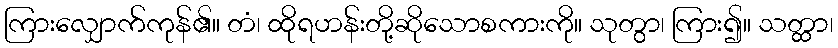
ကြားလျှောက်ကုန်၏။ တံ၊ ထိုရဟန်းတို့ဆိုသောစကားကို။ သုတွာ၊ ကြား၍။ သတ္ထာ၊